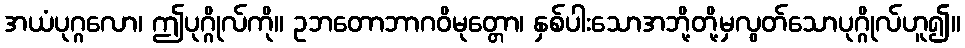
အယံပုဂ္ဂလော၊ ဤပုဂ္ဂိုလ်ကို။ ဥဘတောဘာဂဝိမုတ္တော၊ နှစ်ပါးသောအဘို့တို့မှလွတ်သောပုဂ္ဂိုလ်ဟူ၍။